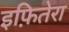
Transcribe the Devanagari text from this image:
इफ़ितेरा